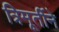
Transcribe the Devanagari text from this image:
त्रिमूर्तीने